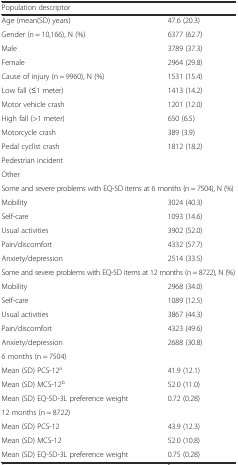
| Population descriptor |  |
 | --- | --- |
 | Age (mean(SD) years) | 47.6 (20.3) |
 | Gender (n = 10,166), N (%) | 6377 (62.7) |
 | Male | 3789 (37.3) |
 | Female | 2964 (29.8) |
 | Cause of injury (n = 9960), N (%) | 1531 (15.4) |
 | Low fall (≤1 meter) | 1413 (14.2) |
 | Motor vehicle crash | 1201 (12.0) |
 | High fall (>1 meter) | 650 (6.5) |
 | Motorcycle crash | 389 (3.9) |
 | Pedal cyclist crash | 1812 (18.2) |
 | Pedestrian incident |  |
 | Other |  |
 | <COLSPAN=2> Some and severe problems with EQ-5D items at 6 months (n = 7504), N (%) |
 | Mobility | 3024 (40.3) |
 | Self-care | 1093 (14.6) |
 | Usual activities | 3902 (52.0) |
 | Pain/discomfort | 4332 (57.7) |
 | Anxiety/depression | 2514 (33.5) |
 | <COLSPAN=2> Some and severe problems with EQ-5D items at 12 months (n = 8722), N (%) |
 | Mobility | 2968 (34.0) |
 | Self-care | 1089 (12.5) |
 | Usual activities | 3867 (44.3) |
 | Pain/discomfort | 4323 (49.6) |
 | Anxiety/depression | 2688 (30.8) |
 | 6 months (n = 7504) |  |
 | Mean (SD) PCS-12a | 41.9 (12.1) |
 | Mean (SD) MCS-12b | 52.0 (11.0) |
 | Mean (SD) EQ-5D-3L preference weight | 0.72 (0.28) |
 | 12 months (n = 8722) |  |
 | Mean (SD) PCS-12 | 43.9 (12.3) |
 | Mean (SD) MCS-12 | 52.0 (10.8) |
 | Mean (SD) EQ-5D-3L preference weight | 0.75 (0.28) |